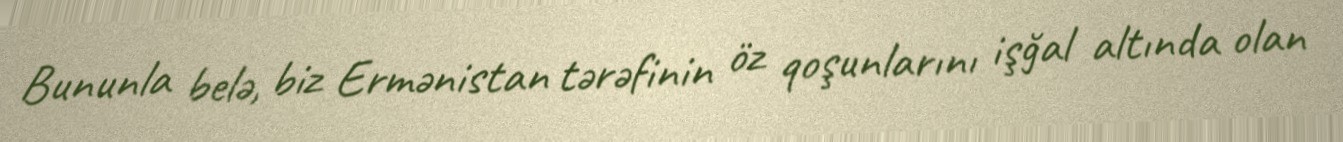
Bununla belə, biz Ermənistan tərəfinin öz qoşunlarını işğal altında olan